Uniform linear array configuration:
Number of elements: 4
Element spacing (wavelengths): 1
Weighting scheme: kaiser
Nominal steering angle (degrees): -30
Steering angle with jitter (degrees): -31.797
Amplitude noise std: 0.05
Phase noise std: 0.05

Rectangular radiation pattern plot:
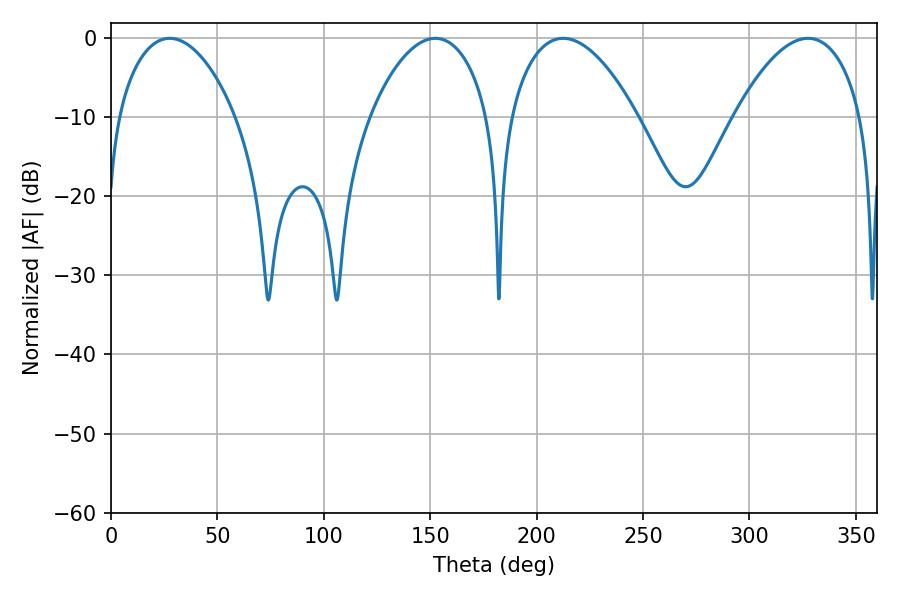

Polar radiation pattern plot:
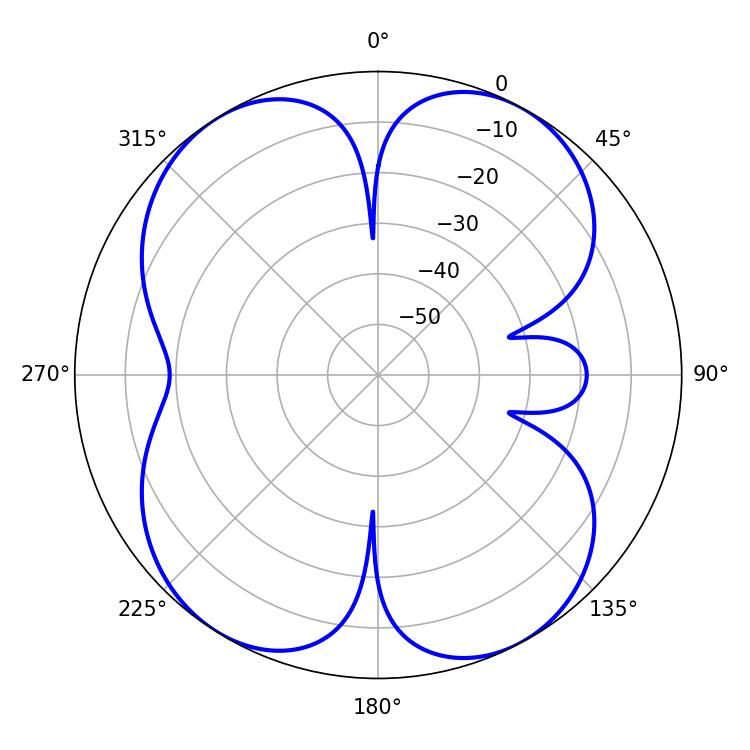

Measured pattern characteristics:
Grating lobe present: TRUE
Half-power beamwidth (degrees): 31.14
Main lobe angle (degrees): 27.54